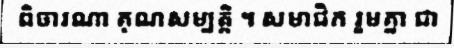
ពិចារណា គុណសម្បត្តិ ។ សមាជិក រួមគ្នា ជា